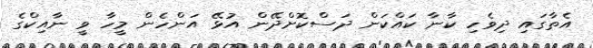
އެތާގައި ދިވެހި ކާނާ ކައްކަން ދަސްކޮށްދޭން އުޅޭ އަންހެން މީހާ ވީ ނާއިކްގެ